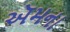
ઍમના